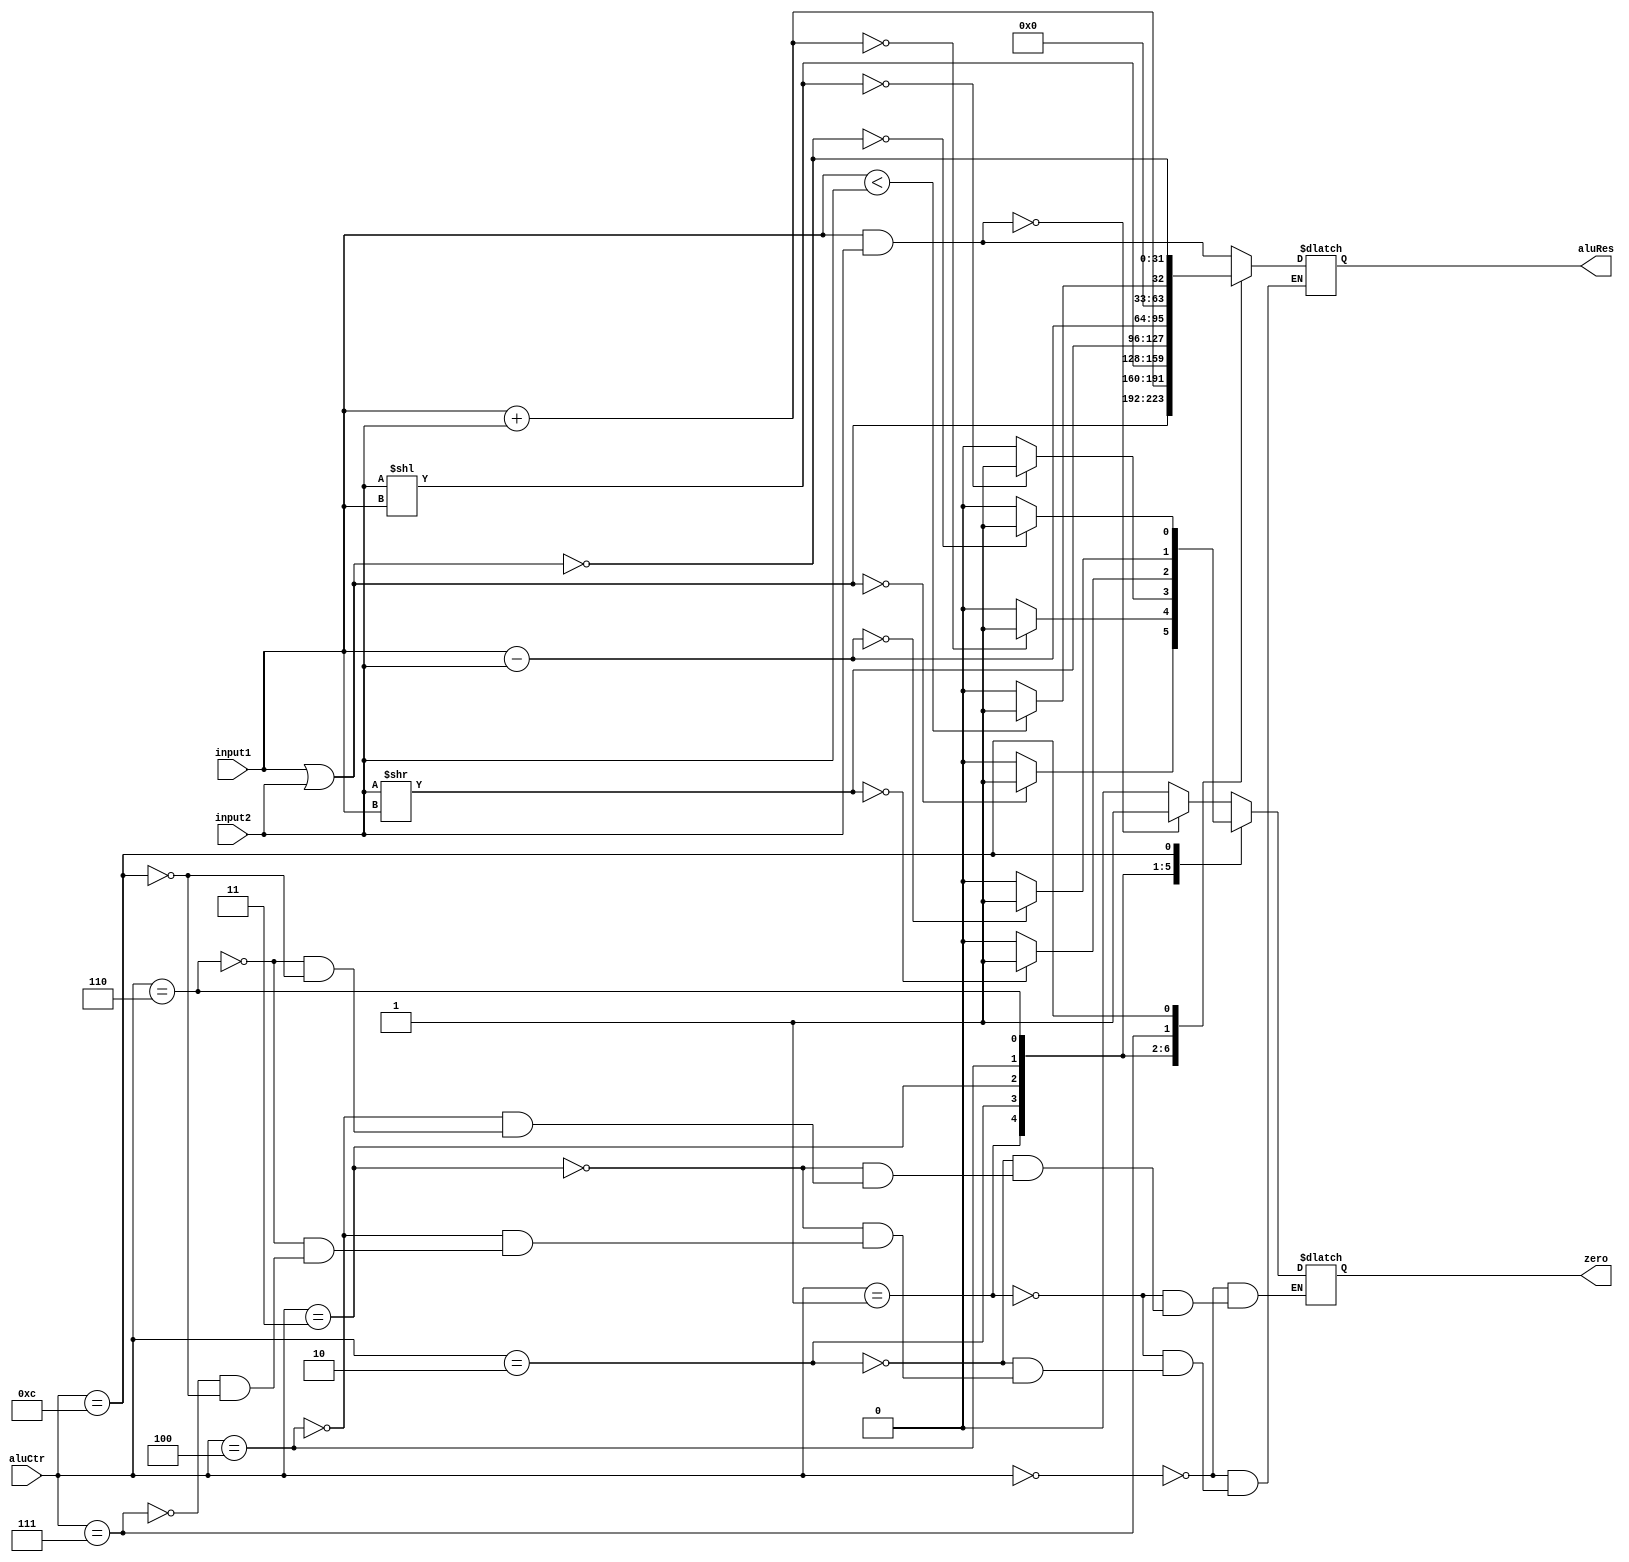
`timescale 1ns / 1ps
//////////////////////////////////////////////////////////////////////////////////
// Company: 
// Engineer: 
// 
// Design Name: 
// Module Name: ALU
// Project Name: 
// Target Devices: 
// Tool Versions: 
// Description: 
// 
// Dependencies: 
// 
// Revision:
// Revision 0.01 - File Created
// Additional Comments:
// 
//////////////////////////////////////////////////////////////////////////////////


module ALU(
    input [31:0] input1,
    input [31:0] input2,
    input [3:0] aluCtr,
    output reg zero,
    output reg [31:0] aluRes
    );
    always @(input1 or input2 or aluCtr)
    begin
        case(aluCtr)
            4'b0000:
                begin
                    aluRes=input1 & input2;
                    if(aluRes==0) zero=1;
                    else zero=0;
                end
            4'b0001:
                begin
                    aluRes=input1 | input2;
                    if(aluRes==0) zero=1;
                    else zero=0;
                end
            4'b0010:
                begin
                    aluRes=input1+input2;
                    if(aluRes==0) zero=1;
                    else zero=0;
                end
            4'b0011:
                begin
                    aluRes=input2<<input1;
                    if(aluRes==0) zero=1;
                    else zero=0;
                end
            4'b0100:
                begin
                    aluRes=input2>>input1;
                    if(aluRes==0) zero=1;
                    else zero=0;
                end
            4'b0110:
                begin
                    aluRes=input1-input2;
                    if(aluRes==0) zero=1;
                    else zero=0;
                end
            4'b0111:
                begin
                    if(input1<input2) aluRes=1;
                    else aluRes=0;
                end
            4'b1100:
                begin
                    aluRes=~(input1|input2);
                    if(aluRes==0) zero=1;
                    else zero=0;
                end
        endcase
    end
endmodule